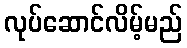
လုပ်ဆောင်လိမ့်မည်